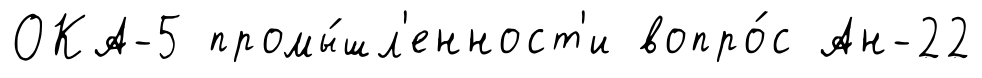
ОКА-5 промы́шл'енност'и вопро́с Ан-22